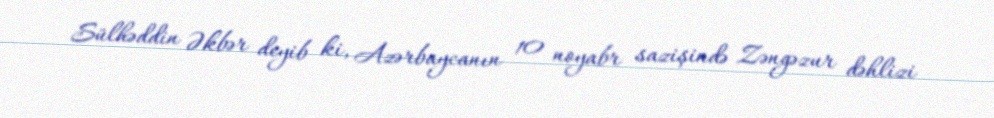
Sülhəddin Əkbər deyib ki, Azərbaycanın 10 noyabr sazişində Zəngəzur dəhlizi